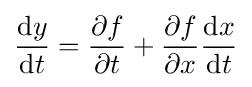
{\frac {\mathrm {d} y}{\mathrm {d} t}}={\frac {\partial f}{\partial t}}+{\frac {\partial f}{\partial x}}{\frac {\mathrm {d} x}{\mathrm {d} t}}